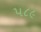
૫૮૯